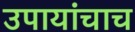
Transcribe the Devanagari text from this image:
उपायांचाच